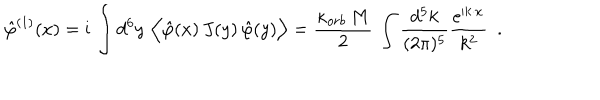
\hat { \varphi } ^ { ( 1 ) } ( x ) = \mathrm { i } \, \int d ^ { 6 } y \, \, \Big < \hat { \varphi } ( x ) \, J ( y ) \, \hat { \varphi } ( y ) \Big > = \frac { \kappa _ { o r b } \, M } { 2 } \, \int \frac { d ^ { 5 } k } { ( 2 \pi ) ^ { 5 } } \frac { \mathrm { e } ^ { \mathrm { i } k \cdot x } } { k ^ { 2 } } ~ ~ .